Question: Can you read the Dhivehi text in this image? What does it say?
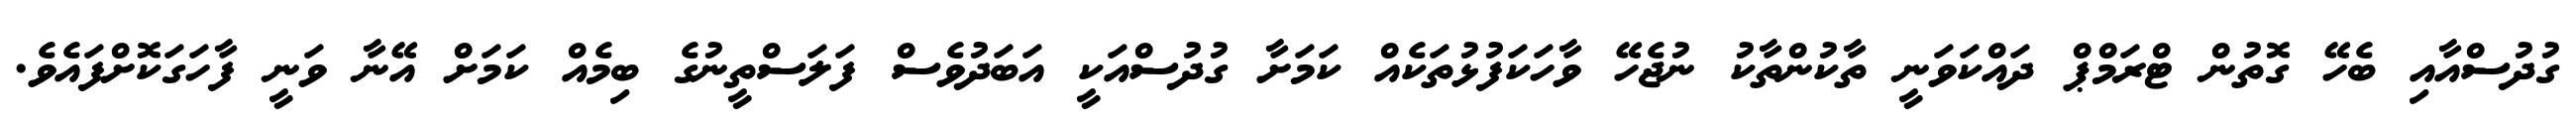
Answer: ގުދުސްއާއި ބެހޭ ގޮތުން ޓްރަމްޕް ދައްކަވަނީ ތާކުންތާކު ނުޖެހޭ ވާހަކަފުޅުތަކެއް ކަމަށާ ގުދުސްއަކީ އަބަދުވެސް ފަލަސްތީނުގެ ބިމެއް ކަމަށް އޭނާ ވަނީ ފާހަގަކޮށްފައެވެ.